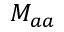
M _ { a a }